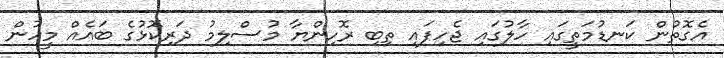
އެގޮތުން ކަނޑުމަތީގައި ހާލުގައި ޖެހިފައި ތިބި ރޮހިންޔާ މުސްލިމު ދަރިކޮޅުގެ ބައެއް މީހުން